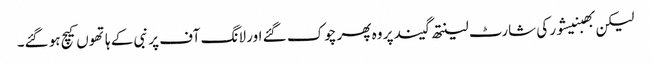
لیکن بھبنیشور کی شارٹ لینتھ گیند پر وہ پھر چوک گئے اور لانگ آف پر نبی کے ہاتھوں کیچ ہو گئے۔